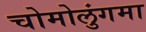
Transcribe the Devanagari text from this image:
चोमोलुंगमा